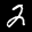
Label: 2